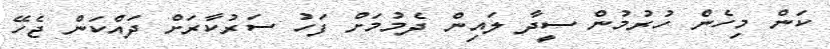
ކަން މިހެން ހުރުމުން ސީދާ ލައިން ދެމުމަށް ފަހު ސަރުކާރަށް ދައްކަން ޖެހޭ